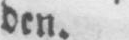
den.